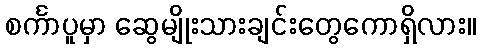
စင်္ကာပူမှာ ဆွေမျိုးသားချင်းတွေကောရှိလား။